Indian journal of veterinary science and animal husbandry - Volumes 24-25, 1954-1955
Year: 1954
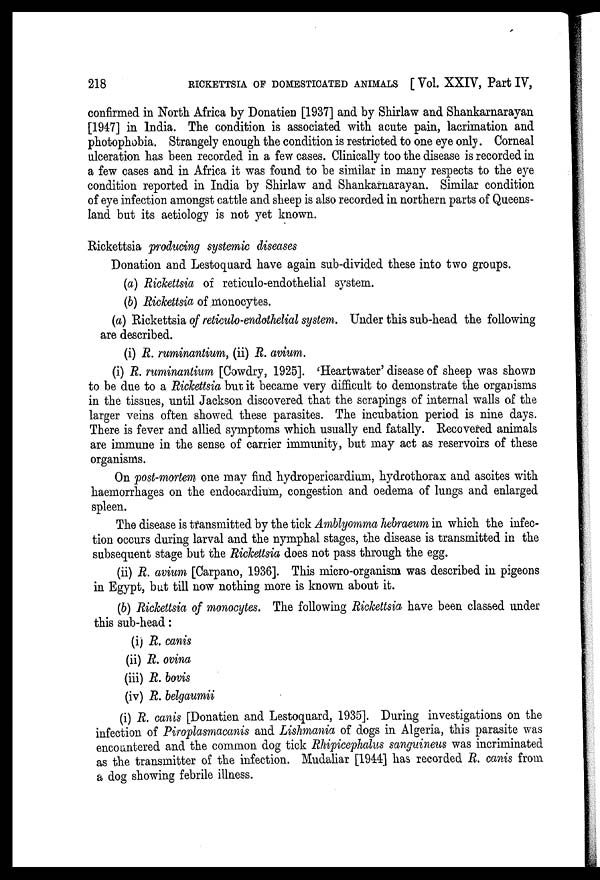
218
RICKETTSIA OF DOMESTICATED ANIMALS [ Vol. XXIV, Part IV,
confirmed in North Africa by Donatien [1937] and by Shirlaw and Shankarnarayan
[1947] in India. The condition is associated with acute pain, lacrimation and
photophobia. Strangely enough the condition is restricted to one eye only. Corneal
ulceration has been recorded in a few cases. Clinically too the disease is recorded in
a few cases and in Africa it was found to be similar in many respects to the eye
condition reported in India by Shirlaw and Shankarnarayan. Similar condition
of eye infection amongst cattle and sheep is also recorded in northern parts of Queens-
land but its aetiology is not yet known.
Rickettsia producing systemic diseases
Donation and Lestoquard have again sub-divided these into two groups.
(a) Rickettsia of reticulo-endothelial system.
(b) Rickettsia of monocytes.
(a) Rickettsia of reticulo-endothelial system. Under this sub-head the following
are described.
(i) R. ruminantium, (ii) R. avium.
(i) R. ruminantium [Cowdry, 1925]. 'Heartwater' disease of sheep was shown
to be due to a Rickettsia but it became very difficult to demonstrate the organisms
in the tissues, until Jackson discovered that the scrapings of internal walls of the
larger veins often showed these parasites. The incubation period is nine days.
There is fever and allied symptoms which usually end fatally. Recovered animals
are immune in the sense of carrier immunity, but may act as reservoirs of these
organisms.
On post-mortem one may find hydropericardium, hydrothorax and ascites with
haemorrhages on the endocardium, congestion and oedema of lungs and enlarged
spleen.
The disease is transmitted by the tick Amblyomma hebraeum in which the infec-
tion occurs during larval and the nymphal stages, the disease is transmitted in the
subsequent stage but the Rickettsia does not pass through the egg.
(ii) R. avium [Carpano, 1936]. This micro-organism was described in pigeons
in Egypt, but till now nothing more is known about it.
(b) Rickettsia of monocytes. The following Rickettsia have been classed under
this sub-head:
(i) R. canis
(ii) R. ovina
(iii) R. bovis
(iv) R. belgaumii
(i) R. canis [Donatien and Lestoquard, 1935]. During investigations on the
infection of Piroplasmacanis and Lishmania of dogs in Algeria, this parasite was
encountered and the common dog tick Rhipicephalus sanguineus was incriminated
as the transmitter of the infection. Mudaliar [1944] has recorded R. canis from
a dog showing febrile illness.